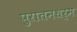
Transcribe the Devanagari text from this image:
पुरातनधर्म